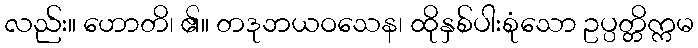
လည်း။ ဟောတိ၊ ၏။ တဒုဘယဝသေန၊ ထိုနှစ်ပါးစုံသော ဥပ္ပတ္တိက္ကမ